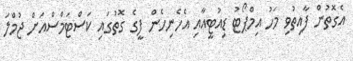
އެގޮތުން ފާއިތުވި މަހު އިމްޕޯޓު ޑިއުޓީއާއި އެހެނިހެން ފީގެ ގޮތުގައި ކަސްޓަމްސްއަށް ޖުމްލަ